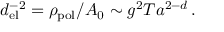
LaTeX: d _ { \mathrm { e l } } ^ { - 2 } = \rho _ { \mathrm { p o l } } / A _ { 0 } \sim g ^ { 2 } T a ^ { 2 - d } \, .